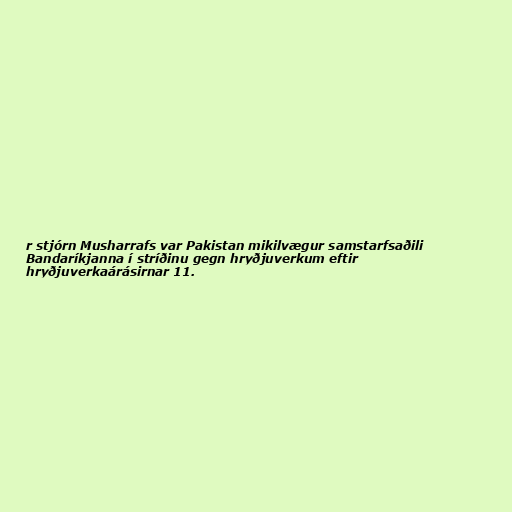
r stjórn Musharrafs var Pakistan mikilvægur samstarfsaðili
Bandaríkjanna í stríðinu gegn hryðjuverkum eftir
hryðjuverkaárásirnar 11.